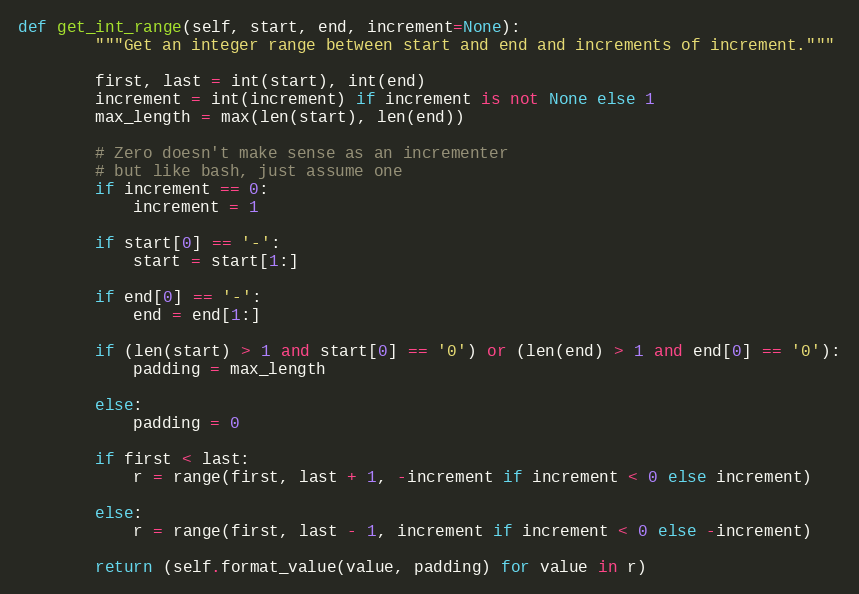
Language: Python
def get_int_range(self, start, end, increment=None):
        """Get an integer range between start and end and increments of increment."""

        first, last = int(start), int(end)
        increment = int(increment) if increment is not None else 1
        max_length = max(len(start), len(end))

        # Zero doesn't make sense as an incrementer
        # but like bash, just assume one
        if increment == 0:
            increment = 1

        if start[0] == '-':
            start = start[1:]

        if end[0] == '-':
            end = end[1:]

        if (len(start) > 1 and start[0] == '0') or (len(end) > 1 and end[0] == '0'):
            padding = max_length

        else:
            padding = 0

        if first < last:
            r = range(first, last + 1, -increment if increment < 0 else increment)

        else:
            r = range(first, last - 1, increment if increment < 0 else -increment)

        return (self.format_value(value, padding) for value in r)